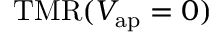
\mathrm { T M R } ( V _ { \mathrm { a p } } = 0 )